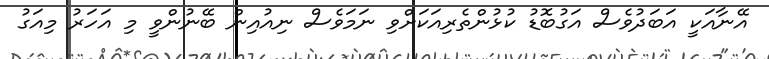
އޭނާއަކީ އަބަދުވެސް އަގުބޮޑު ކުޅުންތެރިއަކަށްވި ނަމަވެސް ނިއުއިން ބޭނުންވީ މި އަހަރު މިއަގު